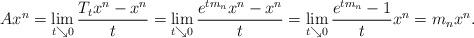
LaTeX: \begin{align*}Ax^n=\lim_{t\searrow 0}\frac{T_tx^n-x^n}{t}=\lim_{t\searrow 0} \frac{e^{tm_n}x^n-x^n}{t}= \lim_{t\searrow 0} \frac{e^{tm_n}-1}{t}x^n=m_nx^n.\end{align*}